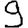
Digit: 9